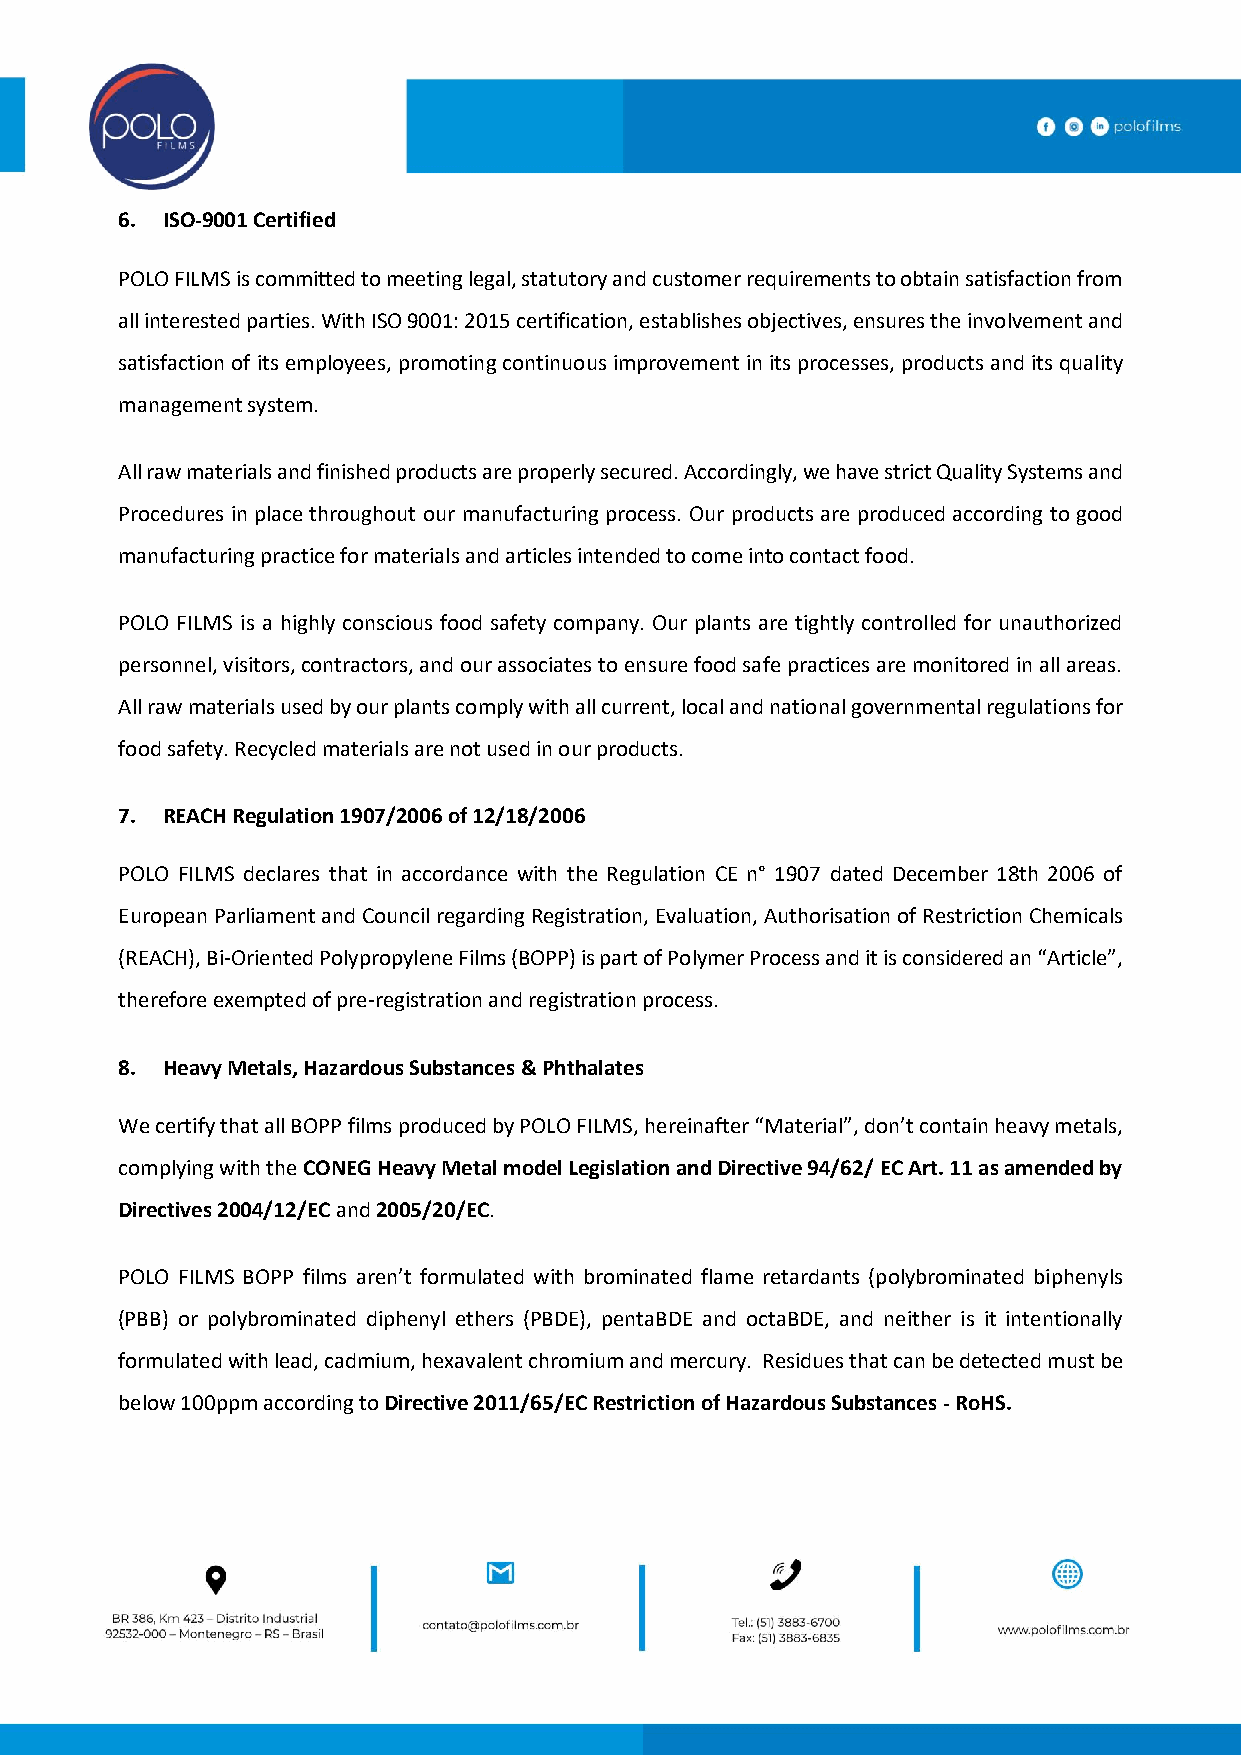
6. ISO-9001 Certified
 POLO FILMS is committed to meeting legal, statutory and customer requirements to obtain satisfaction from
 all interested parties. With ISO 9001: 2015 certification, establishes objectives, ensures the involvement and
 satisfaction of its employees, promoting continuous improvement in its processes, products and its quality
 management system.
 All raw materials and finished products are properly secured. Accordingly, we have strict Quality Systems and
 Procedures in place throughout our manufacturing process. Our products are produced according to good
 manufacturing practice for materials and articles intended to come into contact food.
 POLO FILMS is a highly conscious food safety company. Our plants are tightly controlled for unauthorized
 personnel, visitors, contractors, and our associates to ensure food safe practices are monitored in all areas.
 All raw materials used by our plants comply with all current, local and national governmental regulations for
 food safety. Recycled materials are not used in our products.
 7. REACH Regulation 1907/2006 of 12/18/2006
 POLO FILMS declares that in accordance with the Regulation CE n° 1907 dated December 18th 2006 of
 European Parliament and Council regarding Registration, Evaluation, Authorisation of Restriction Chemicals
 (REACH), Bi-Oriented Polypropylene Films (BOPP) is part of Polymer Process and it is considered an “Article”,
 therefore exempted of pre-registration and registration process.
 8. Heavy Metals, Hazardous Substances & Phthalates
 We certify that all BOPP films produced by POLO FILMS, hereinafter “Material”, don’t contain heavy metals,
 complying with the CONEG Heavy Metal model Legislation and Directive 94/62/ EC Art. 11 as amended by
 Directives 2004/12/EC and 2005/20/EC.
 POLO FILMS BOPP films aren’t formulated with brominated flame retardants (polybrominated biphenyls
 (PBB) or polybrominated diphenyl ethers (PBDE), pentaBDE and octaBDE, and neither is it intentionally
 formulated with lead, cadmium, hexavalent chromium and mercury. Residues that can be detected must be
 below 100ppm according to Directive 2011/65/EC Restriction of Hazardous Substances - RoHS.